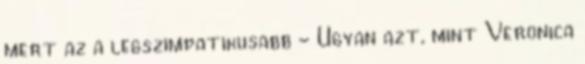
mert az a legszimpatikusabb - Ugyan azt, mint Veronica